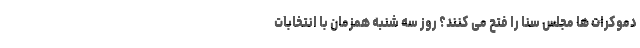
دموکرات ها مجلس سنا را فتح می کنند؟ روز سه شنبه همزمان با انتخابات